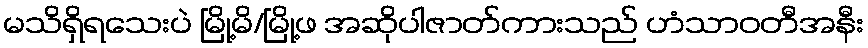
မသိရှိရသေးပဲ မြို့မိ/မြို့ဖ အဆိုပါဇာတ်ကားသည် ဟံသာဝတီအနီး